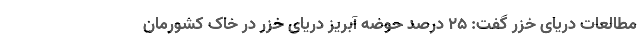
مطالعات دریای خزر گفت: ۲۵ درصد حوضه آبریز دریای خزر در خاک کشورمان